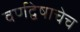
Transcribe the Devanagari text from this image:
वर्णद्वेषाचेच